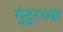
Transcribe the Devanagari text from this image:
गुंटुरच्या